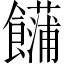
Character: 𩟢